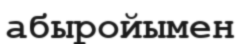
абыройымен